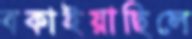
বকাইয়াছিলে